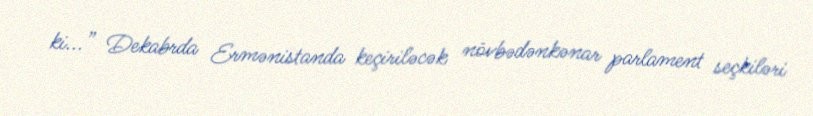
ki...” Dekabrda Ermənistanda keçiriləcək növbədənkənar parlament seçkiləri